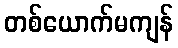
တစ်ယောက်မကျန်